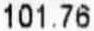
101.76